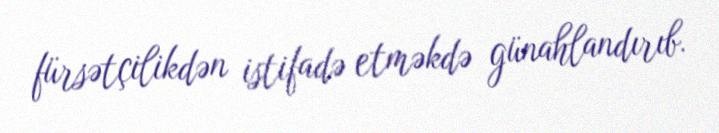
fürsətçilikdən istifadə etməkdə günahlandırıb.